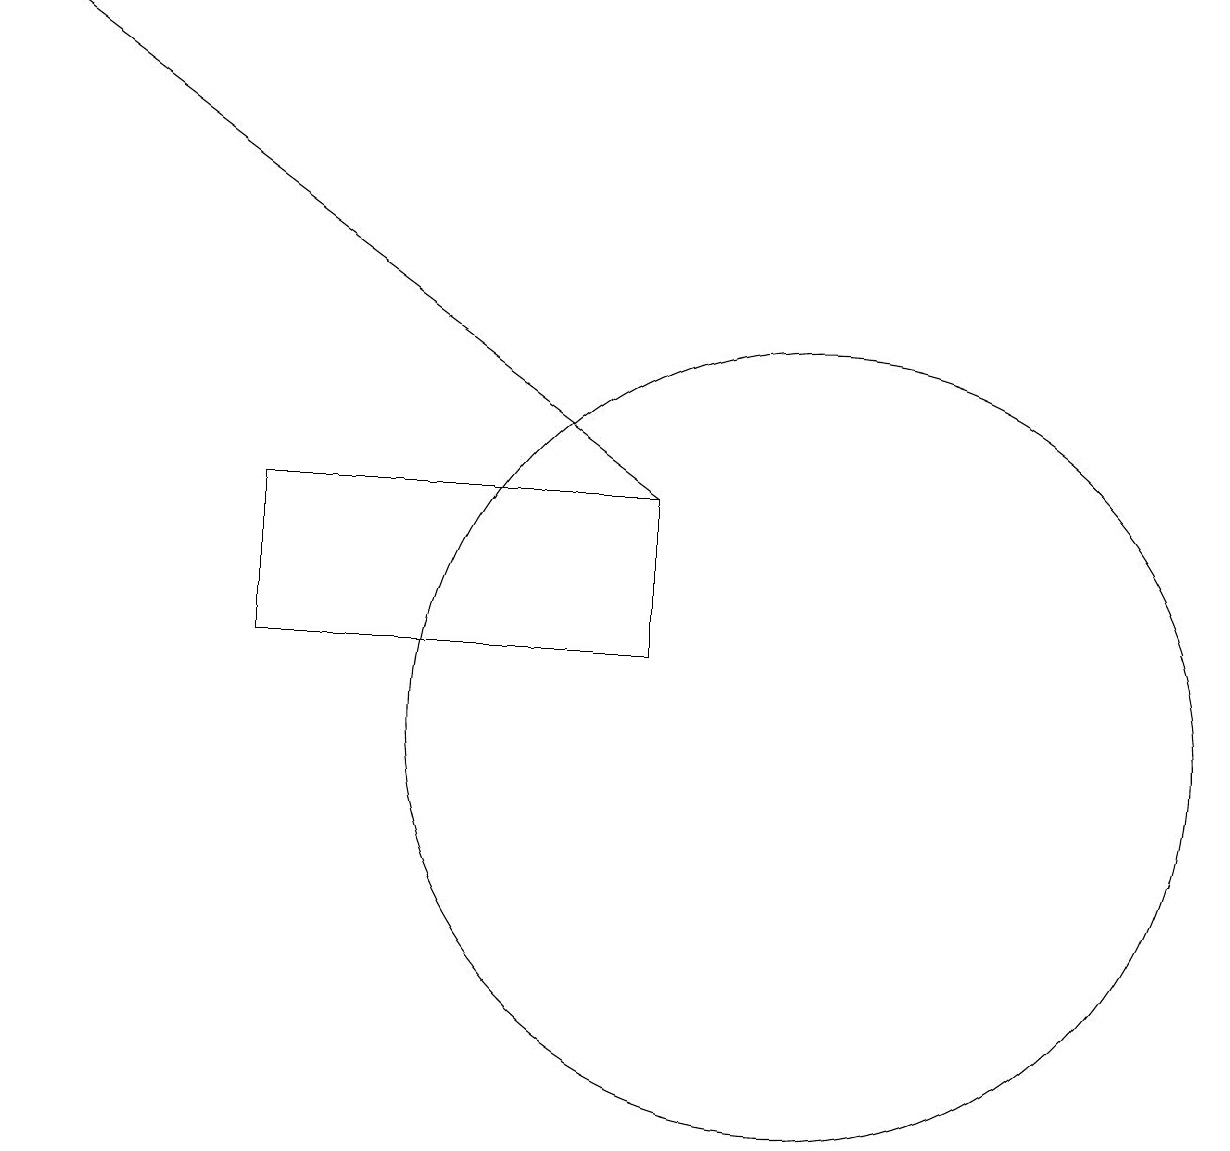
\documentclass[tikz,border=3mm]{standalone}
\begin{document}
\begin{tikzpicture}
\draw[->] (9,13) -- (1,19);
\draw (11,10) circle (5);
\draw (9,13) rectangle (4,11);
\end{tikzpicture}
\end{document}